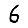
Digit: 6